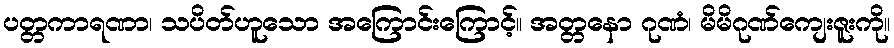
ပတ္တကာရဏာ၊ သပိတ်ဟူသော အကြောင်းကြောင့်။ အတ္တနော ဂုဏံ၊ မိမိဂုဏ်ကျေးဇူးကို။